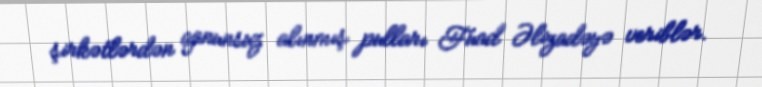
şirkətlərdən qanunsuz alınmış pulları Fuad Əlizadəyə veriblər.